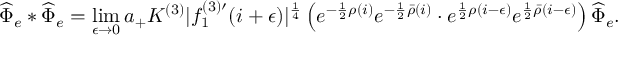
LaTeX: \widehat { \Phi } _ { e } * \widehat { \Phi } _ { e } = \operatorname * { l i m } _ { \epsilon \to 0 } a _ { + } K ^ { ( 3 ) } | f _ { 1 } ^ { ( 3 ) \prime } ( i + \epsilon ) | ^ { \frac { 1 } { 4 } } \left( e ^ { - \frac { 1 } { 2 } \rho ( i ) } e ^ { - \frac { 1 } { 2 } \bar { \rho } ( i ) } \cdot e ^ { \frac { 1 } { 2 } \rho ( i - \epsilon ) } e ^ { \frac { 1 } { 2 } \bar { \rho } ( i - \epsilon ) } \right) \widehat { \Phi } _ { e } .